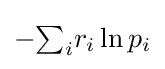
-{\textstyle \sum _{i}}r_{i}\ln p_{i}